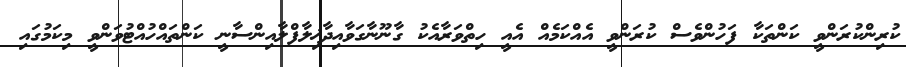
ކުރިންކުރަންވީ ކަންތަކާ ފަހުންވެސް ކުރަންވީ އެއްކަމެއް އެއީ ހިތްވަރާއެކު ގާނޫނާގަވާއިދާޚިލާފްލާއިންސާނީ ކަންތައްހުއްޓުވަންވީ މިކަމުގައި